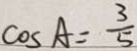
\cos A = \frac { 3 } { 5 }